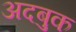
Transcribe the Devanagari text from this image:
अदबुक